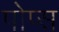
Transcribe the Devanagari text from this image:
पोप्स